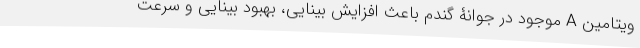
ویتامین A موجود در جوانۀ گندم باعث افزایش بینایی، بهبود بینایی و سرعت